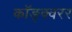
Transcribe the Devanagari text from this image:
कॉङ्क्वरर